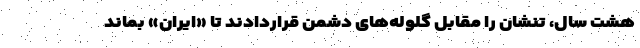
هشت سال، تنشان را مقابل گلوله‌‌های دشمن قراردادند تا «ایران» بماند